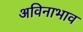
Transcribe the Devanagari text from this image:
अविनाभाव